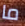
ما